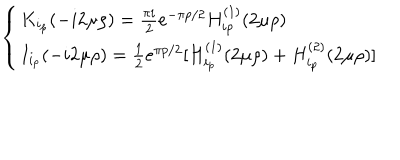
LaTeX: \left\{ \begin{array} { l l } { { K _ { i _ { p } } ( - i 2 \mu \rho ) = \frac { \pi i } { 2 } e ^ { - \pi p / 2 } H _ { i p } ^ { ( 1 ) } ( 2 \mu \rho ) } } & { { } } \\ { { I _ { i _ { p } } ( - i 2 \mu \rho ) = \frac { 1 } { 2 } e ^ { \pi p / 2 } [ H _ { i _ { p } } ^ { ( 1 ) } ( 2 \mu \rho ) + H _ { i _ { p } } ^ { ( 2 ) } ( 2 \mu \rho ) ] } } \\ \end{array} \right.